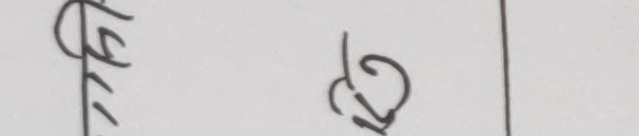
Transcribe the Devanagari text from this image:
१२